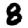
Digit: 8